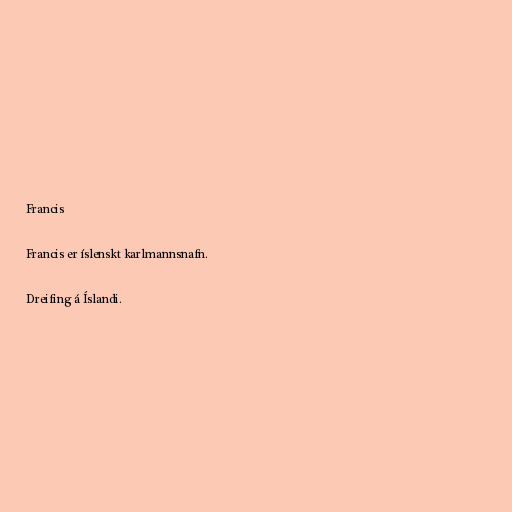
Francis

Francis er íslenskt karlmannsnafn.

Dreifing á Íslandi.